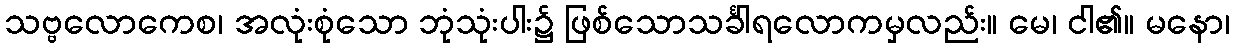
သဗ္ဗလောကေစ၊ အလုံးစုံသော ဘုံသုံးပါး၌ ဖြစ်သောသင်္ခါရလောကမှလည်း။ မေ၊ ငါ၏။ မနော၊